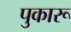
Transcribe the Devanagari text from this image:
पुकारू